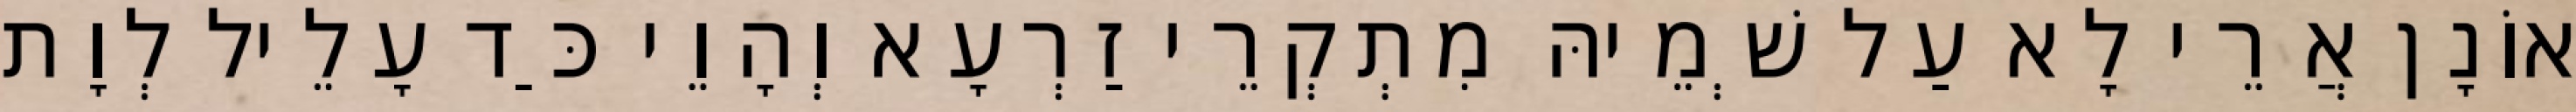
אוֹנָן אֲרֵי לָא עַל שְׁמֵיהּ מִתְקְרֵי זַרְעָא וְהָוֵי כַּד עָלֵיל לְוָת